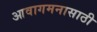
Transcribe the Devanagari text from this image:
आवागमनासाठी